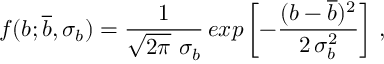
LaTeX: f ( b ; \overline { { { b } } } , \sigma _ { b } ) = \frac { 1 } { \sqrt { 2 \pi } \ \sigma _ { b } } \, e x p \left[ - \frac { ( b - \overline { { { b } } } ) ^ { 2 } } { 2 \, \sigma _ { b } ^ { 2 } } \right] \, ,